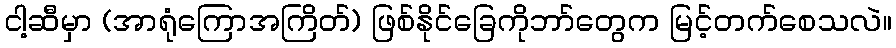
ငါ့ဆီမှာ (အာရုံကြောအကြိတ်) ဖြစ်နိုင်ခြေကိုဘာ်တွေက မြင့်တက်စေသလဲ။